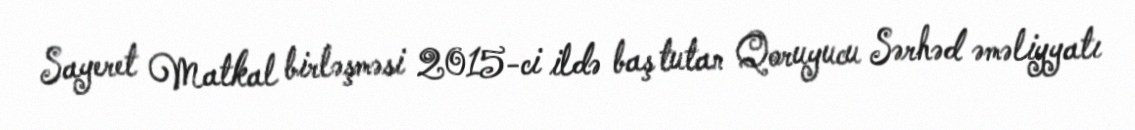
Sayeret Matkal birləşməsi 2015-ci ildə baş tutan Qoruyucu Sərhəd əməliyyatı